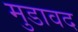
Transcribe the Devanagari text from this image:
मुडावद